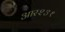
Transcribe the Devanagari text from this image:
आर२३१